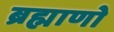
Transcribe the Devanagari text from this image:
ब्रह्माणो